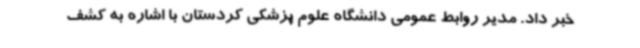
خبر داد. مدیر روابط عمومی دانشگاه علوم پزشکی کردستان با اشاره به کشف